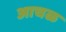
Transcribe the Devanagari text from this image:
आचळ